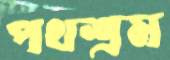
পথশ্রম